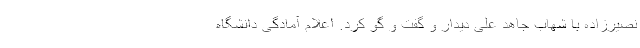
نصیرزاده با شهاب جاهد علی دیدار و گفت و گو کرد. اعلام آمادگی دانشگاه